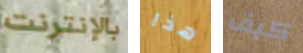
بالإنترنت هذا كبف